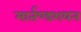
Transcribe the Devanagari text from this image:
मार्तण्डशयन